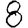
Digit: 8